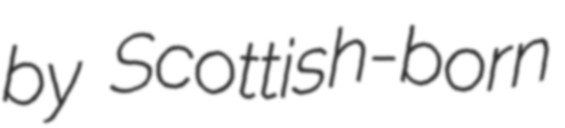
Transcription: by Scottish-born